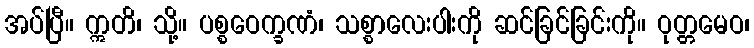
အပ်ပြီ။ ဣတိ၊ သို့။ ပစ္စဝေက္ခဏံ၊ သစ္စာလေးပါးကို ဆင်ခြင်ခြင်းကို။ ဝုတ္တမေဝ၊